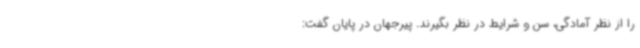
را از نظر آمادگی، سن و شرایط در نظر بگیرند. پیرجهان در پایان گفت: